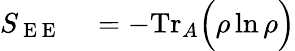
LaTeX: \begin{array}{rl}{S_{\mathrm{~E~E~}}}&{{}=-\mathrm{Tr}_{A}\Big(\rho\ln\rho\Big)}\end{array}